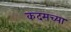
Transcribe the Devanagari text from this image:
कदमच्या